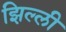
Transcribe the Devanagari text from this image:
झिल्‍ली